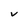
Character: V